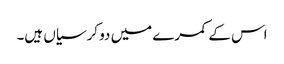
اس کے کمرے میں دو کرسیاں ہیں۔